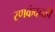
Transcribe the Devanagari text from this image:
रणकंदनही